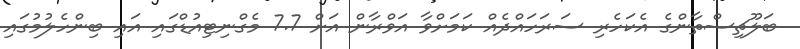
ބަލޫޗިސްތާންގެ އެކަހެރި ސަރަހައްދެއް ކަމަށްވާ އަވްރާން އަށް 7.7 މެގްނިޓިއުޑްގައި އައި ބިންހެލުމުގައި